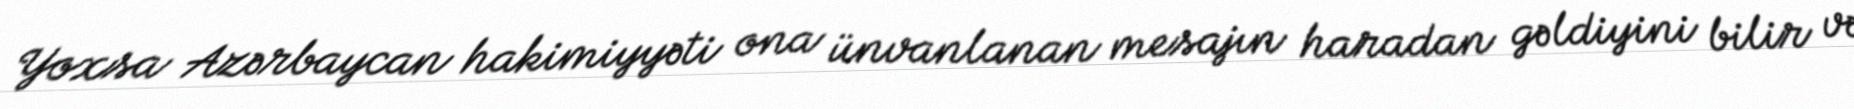
Yoxsa Azərbaycan hakimiyyəti ona ünvanlanan mesajın haradan gəldiyini bilir və